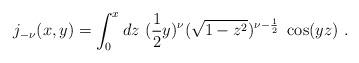
LaTeX: \begin{align*}j_{-\nu}(x,y) = \int_{0}^{x} dz \ (\frac{1}{2} y)^{\nu} ( \sqrt{1 - z^{2}})^{\nu - \frac{1}{2}}\ \cos(yz) \ .\end{align*}